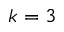
k = 3